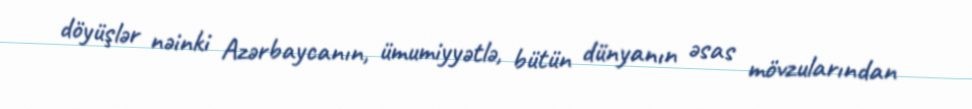
döyüşlər nəinki Azərbaycanın, ümumiyyətlə, bütün dünyanın əsas mövzularından